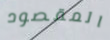
المقصود